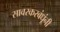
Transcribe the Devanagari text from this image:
सावरकरबंधूंनी